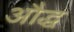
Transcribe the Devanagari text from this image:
औद्ध